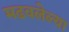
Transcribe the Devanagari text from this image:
मढवलेल्या